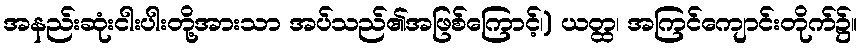
အနည်းဆုံးငါးပါးတို့အားသာ အပ်သည်၏အဖြစ်ကြောင့်၊) ယတ္ထ၊ အကြင်ကျောင်းတိုက်၌။